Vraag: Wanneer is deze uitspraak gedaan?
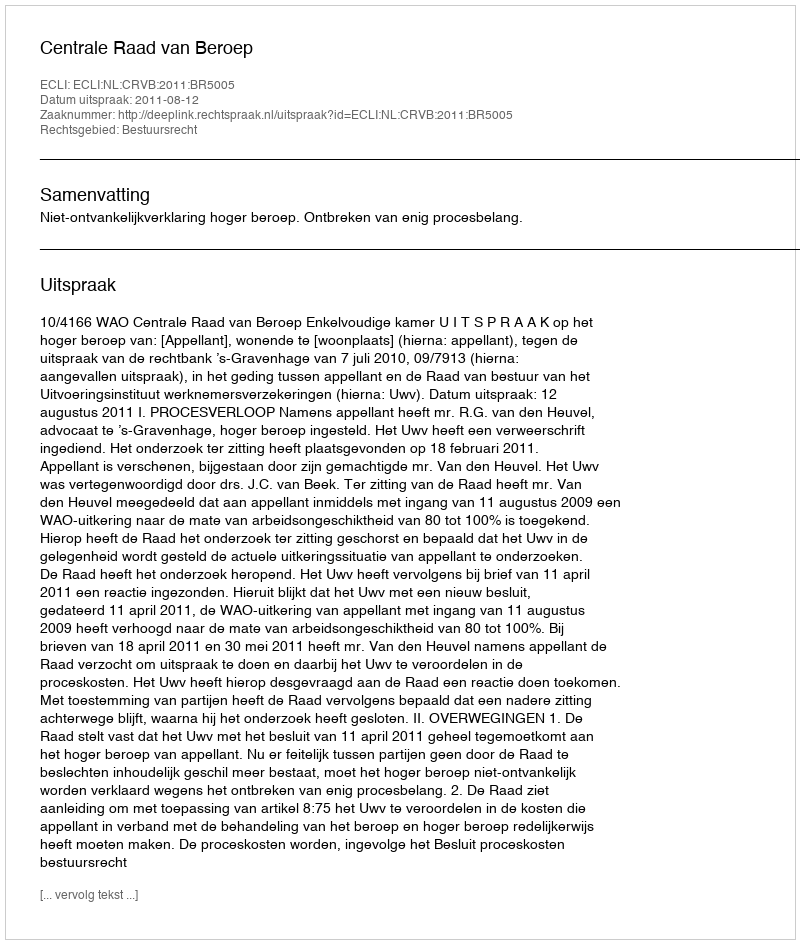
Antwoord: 2011-08-12